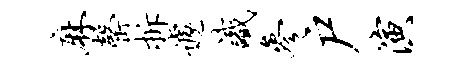
麻罄拆遽识参户演